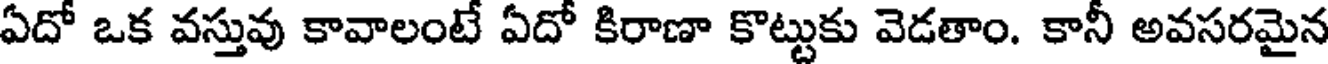
ఏదో ఒక వస్తువు కావాలంటే ఏదో కిరాణా కొట్టుకు వెడతాం. కానీ అవసరమైన